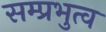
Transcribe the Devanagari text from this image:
सम्प्रभुत्व